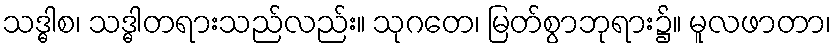
သဒ္ဓါစ၊ သဒ္ဓါတရားသည်လည်း။ သုဂတေ၊ မြတ်စွာဘုရား၌။ မူလဖာတာ၊